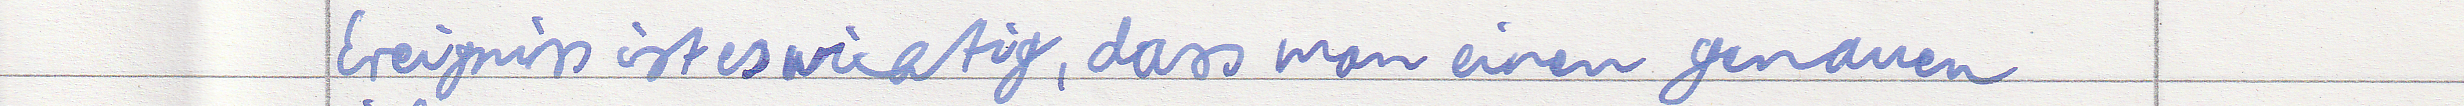
Ereigniss ist es wichtig, dass man einen genauen